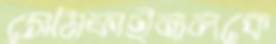
সেমিফাইনালকে